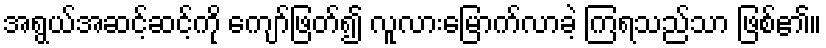
အရွယ်အဆင့်ဆင့်ကို ကျော်ဖြတ်၍ လူလားမြောက်လာခဲ့ ကြရသည်သာ ဖြစ်၏။